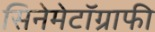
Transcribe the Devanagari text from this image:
सिनेमेटॉग्राफी